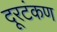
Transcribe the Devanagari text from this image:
दूरटंकण